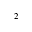
^ 2